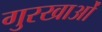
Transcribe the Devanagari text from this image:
गुरखाओं